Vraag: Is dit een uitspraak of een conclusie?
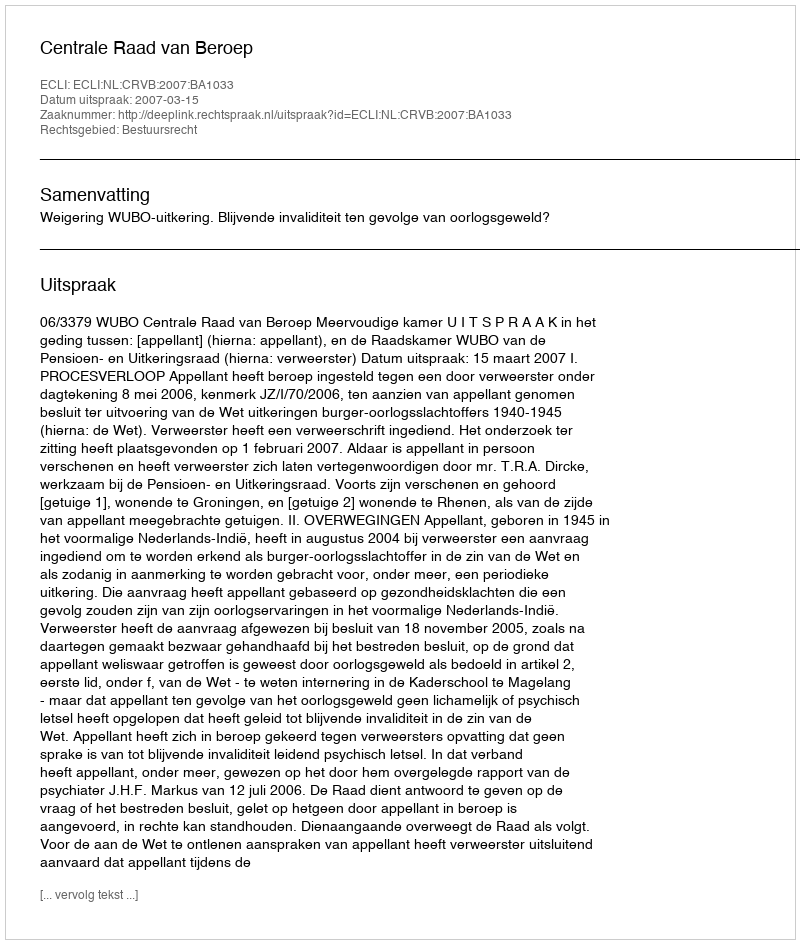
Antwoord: Uitspraak